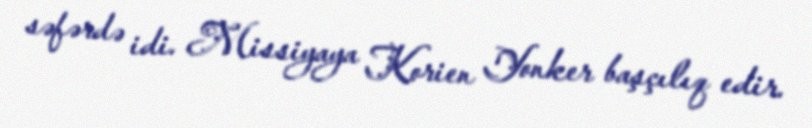
səfərdə idi. Missiyaya Korien Yonker başçılıq edir.